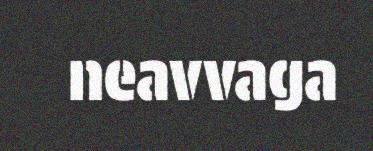
neavvaga